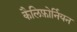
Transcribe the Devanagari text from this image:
कैलिफ़ोर्नियन